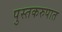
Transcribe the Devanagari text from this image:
पुस्तकरुपात